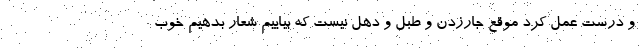
و درست عمل کرد موقع جارزدن و طبل و دهل نیست که بیاییم شعار بدهیم خوب